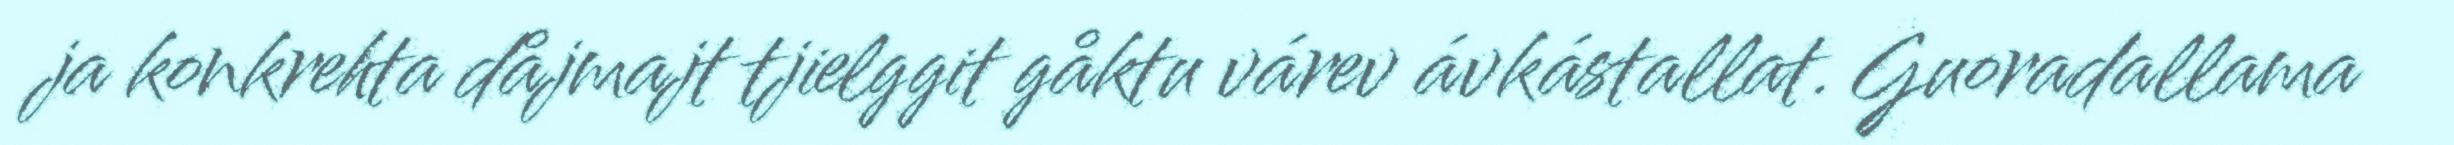
ja konkrehta dåjmajt tjielggit gåktu várev ávkástallat. Guoradallama